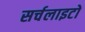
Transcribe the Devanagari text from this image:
सर्चलाइटों